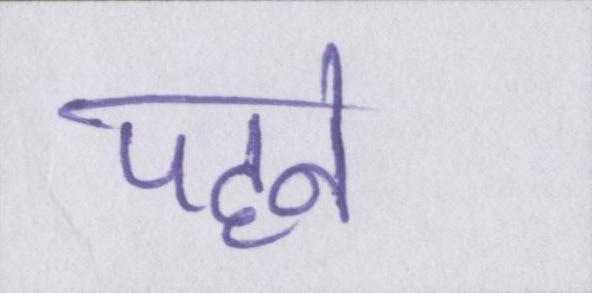
पहने